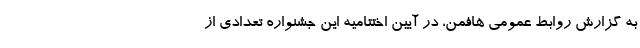
به گزارش روابط عمومی هافمن، در آیین اختتامیه این جشنواره تعدادی از